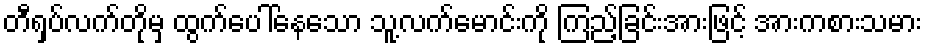
တီရှပ်လက်တိုမှ ထွက်ပေါ်နေသော သူ့လက်မောင်းကို ကြည့်ခြင်းအားဖြင့် အားကစားသမား